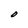
Character: O